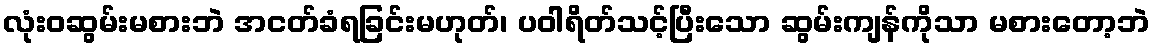
လုံးဝဆွမ်းမစားဘဲ အငတ်ခံရခြင်းမဟုတ်၊ ပဝါရိတ်သင့်ပြီးသော ဆွမ်းကျန်ကိုသာ မစားတော့ဘဲ